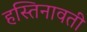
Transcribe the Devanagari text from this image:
हस्तिनावती